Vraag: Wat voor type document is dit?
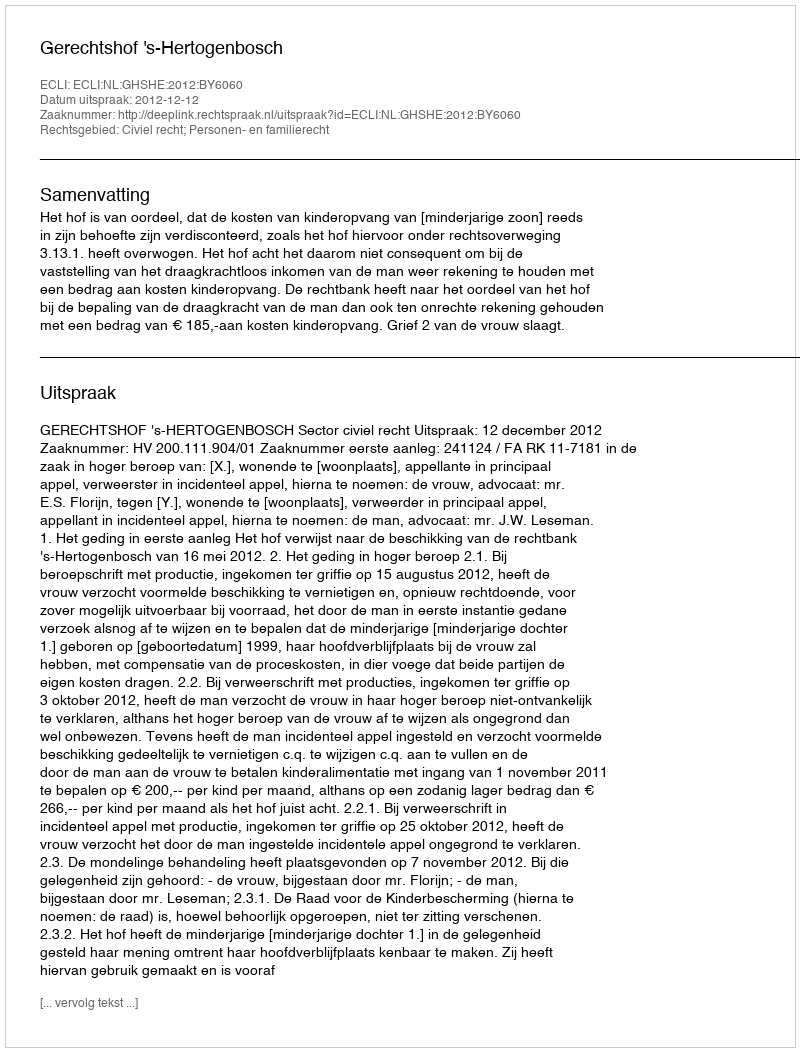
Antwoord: Uitspraak